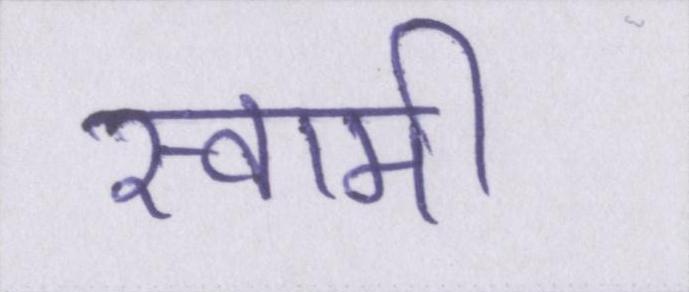
स्वामी